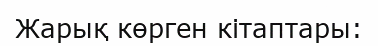
Жарық көрген кітаптары: